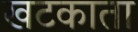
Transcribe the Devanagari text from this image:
खटकाता